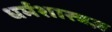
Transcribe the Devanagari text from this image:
धर्मशास्त्रज्ञ